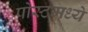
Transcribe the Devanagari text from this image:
पोस्टमध्ये